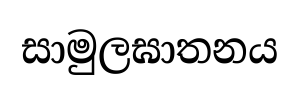
සාමුලඝාතනය